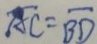
\overline { A C } = \overline { B D }